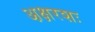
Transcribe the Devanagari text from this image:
अ़क्षरशः